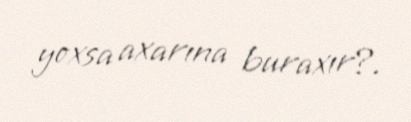
yoxsa axarına buraxır?.